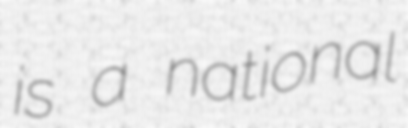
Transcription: is a national